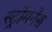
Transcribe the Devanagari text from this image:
स्ट्रोमनेस